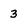
Character: 3